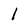
Character: 1